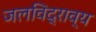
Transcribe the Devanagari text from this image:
जलविद्राव्य